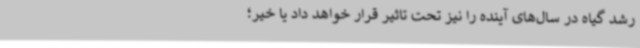
رشد گیاه در سال‌های آینده را نیز تحت تاثیر قرار خواهد داد یا خیر؛